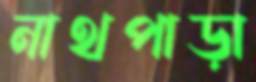
নাথপাড়া